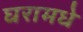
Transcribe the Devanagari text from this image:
घरामधे